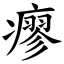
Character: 瘳